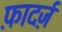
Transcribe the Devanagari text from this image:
फ़ादर्ज़